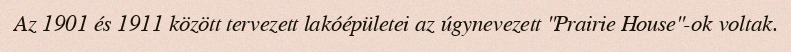
Az 1901 és 1911 között tervezett lakóépületei az úgynevezett "Prairie House"-ok voltak.